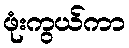
ဖုံးကွယ်ကာ